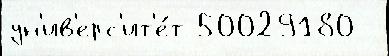
ун'ив'ерс'ит'е́т 50029180